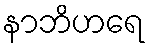
နာဘိဟရေ